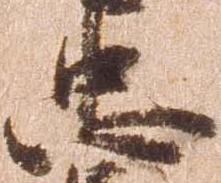
忠